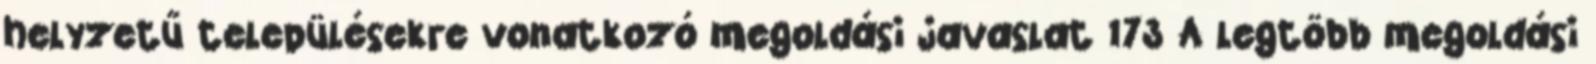
helyzetű településekre vonatkozó megoldási javaslat 173 A legtöbb megoldási